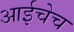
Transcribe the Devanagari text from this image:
आईचेच